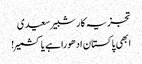
تجزیہ کار شبیر سعیدی
ابھی پاکستان ادھورا ہے یا کشمیر!